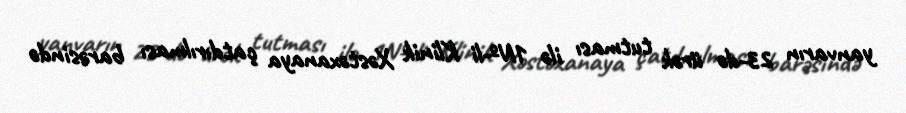
yanvarın 23-də ürək tutması ilə 1№-li Klinik Xəstəxanaya çatdırılması barəsində